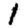
Digit: 1